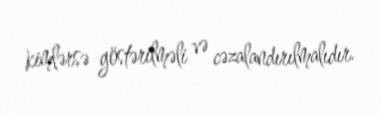
kimlərsə göstərilməli və cəzalandırılmalıdır.